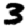
Digit: 3